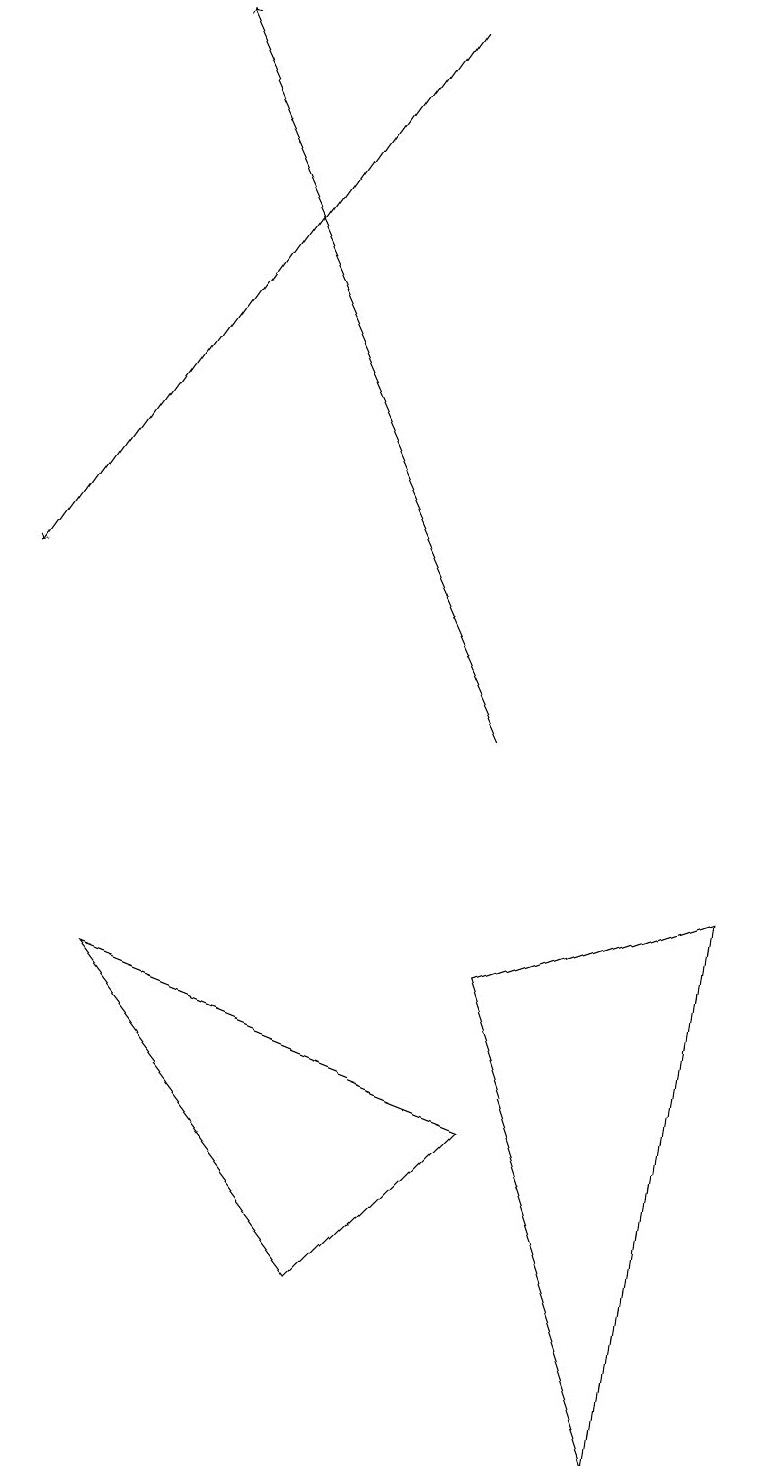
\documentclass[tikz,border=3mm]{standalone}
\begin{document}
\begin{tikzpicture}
\draw[->] (6,10) -- (2,19);
\draw[->] (5,19) -- (0,12);
\draw (6,5) -- (1,7) -- (4,3) -- cycle;
\draw (8,1) -- (6,7) -- (9,8) -- cycle;
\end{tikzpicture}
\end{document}